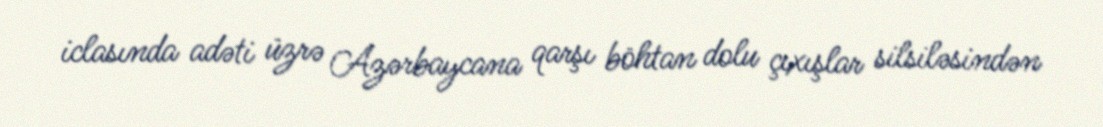
iclasında adəti üzrə Azərbaycana qarşı böhtan dolu çıxışlar silsiləsindən